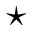
\star